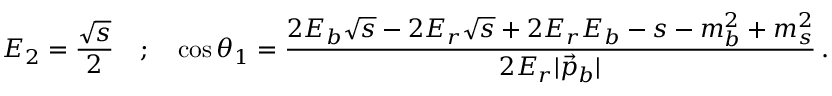
E _ { 2 } = \frac { \sqrt { s } } { 2 } \quad ; \quad \cos \theta _ { 1 } = \frac { 2 E _ { b } \sqrt { s } - 2 E _ { r } \sqrt { s } + 2 E _ { r } E _ { b } - s - m _ { b } ^ { 2 } + m _ { s } ^ { 2 } } { 2 E _ { r } | \vec { p } _ { b } | } \, .